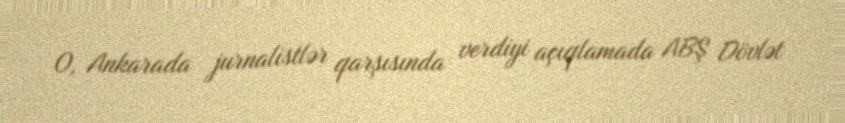
O, Ankarada jurnalistlər qarşısında verdiyi açıqlamada ABŞ Dövlət